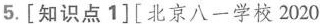
5.[知识点1][北京八一学校2020